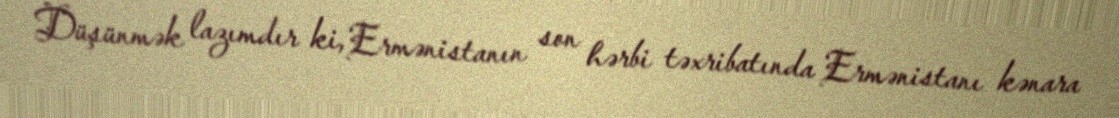
Düşünmək lazımdır ki, Ermənistanın son hərbi təxribatında Ermənistanı kənara